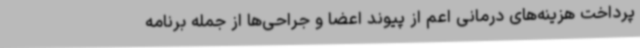
پرداخت هزینه‌های درمانی اعم از پیوند اعضا و جراحی‌ها از جمله برنامه